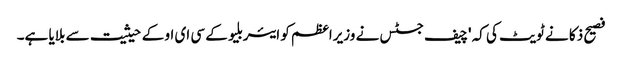
فصیح ذکا نے ٹویٹ کی کہ 'چیف جسٹس نے وزیراعظم کو ایئربلیو کے سی ای او کے حیثیت سے بلایا ہے۔